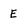
Character: E